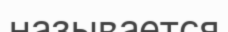
называется